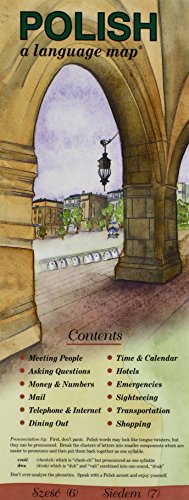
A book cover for POLISH a language mapÂ®; Kristine K. Kershul; Travel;